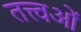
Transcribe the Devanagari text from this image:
तत्त्वओं